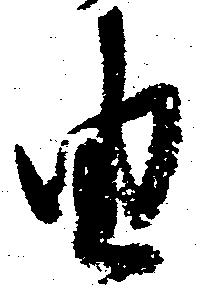
由